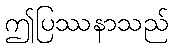
ဤပြဿနာသည်